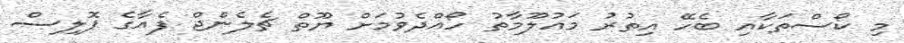
މި ކޯސްތަކާއި ބެހޭ އިތުރު މައުލޫމާތު ހޯއްދެވުމަށް ޔޫތް ޗެލެންޖް ފެއާގެ ޕޮލިސް